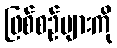
ဖြစ်စဉ်များကို